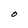
Character: O